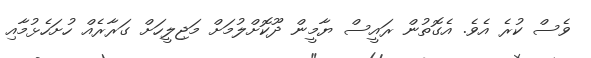
ވެސް ކުރެ އެވެ. އެގޮތުން ރައީސް ޔާމީން ދޫކޮށްލުމަށް މަޖިލީހަށް ގަރާރެއް ހުށަހެޅުމާއި